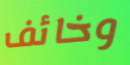
وخائف